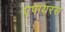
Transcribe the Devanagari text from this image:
एपायरस